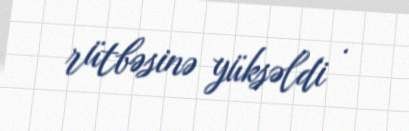
rütbəsinə yüksəldi .